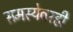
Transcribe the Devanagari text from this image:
समस्येवरही